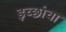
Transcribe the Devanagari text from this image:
इच्छांचा